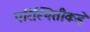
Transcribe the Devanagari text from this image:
परिस्थितीकडे